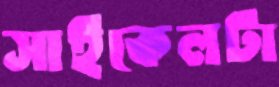
সাইকেলটা